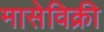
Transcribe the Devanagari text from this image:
मासेविक्री